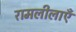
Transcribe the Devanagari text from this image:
रामलीलाएँ